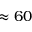
\approx 6 0